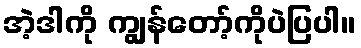
အဲ့ဒါကို ကျွန်တော့်ကိုပဲပြပါ။